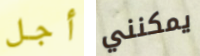
أجل يمكنني